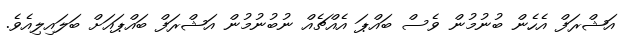
އަޝްރަފް އެހެން ބުނުމުން ވެސް ބައްޕަ އެއްޗެއް ނުބުނުމުން އަޝްރަފް ބައްޕައަށް ބަލައިލިއެވެ.